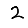
Digit: 2